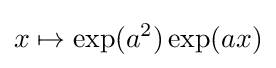
x\mapsto \exp(a^{2})\exp(ax)